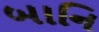
બાનિ